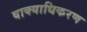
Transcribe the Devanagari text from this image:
वाक्याधिकरण